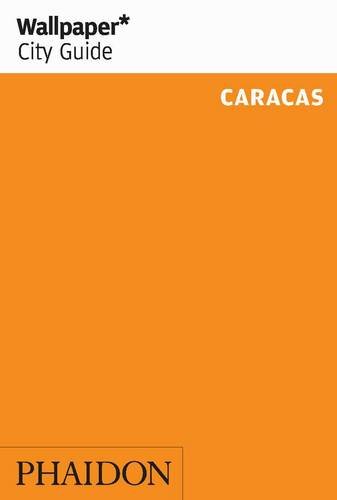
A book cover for Wallpaper* City Guide Caracas (Wallpaper City Guides); Editors of Wallpaper Magazine; Travel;